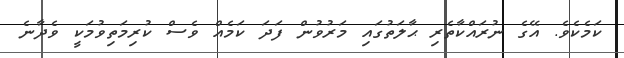
ކަމެކެވެ. އޭގެ ނުރައްކާތެރި ޙާލަތުގައި މަރުވުން ފަދަ ކަމެއް ވެސް ކުރިމަތިވުމަކީ ވެދާނެ